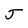
Character: J